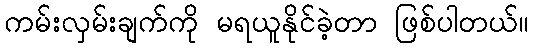
ကမ်းလှမ်းချက်ကို မရယူနိုင်ခဲ့တာ ဖြစ်ပါတယ်။